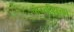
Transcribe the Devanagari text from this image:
वास्तविकता।